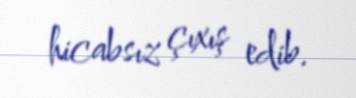
hicabsız çıxış edib.